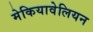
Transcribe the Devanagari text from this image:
मेकियावेलियन